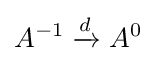
A^{-1}\xrightarrow {d} A^{0}